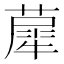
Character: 𦼗